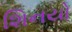
શિનયો